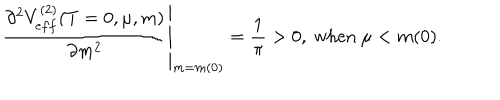
\left. \frac { \partial ^ { 2 } V _ { e f f } ^ { ( 2 ) } ( T = 0 , \mu , m ) } { \partial m ^ { 2 } } \right| _ { m = m ( 0 ) } = \frac { 1 } { \pi } > 0 , \ \mathrm { w h e n } \ \mu < m ( 0 ) .